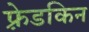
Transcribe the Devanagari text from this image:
फ़्रेडकिन